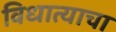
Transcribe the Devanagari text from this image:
विधात्याचा